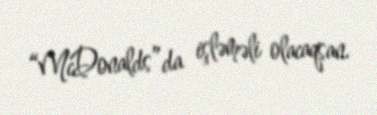
“McDonalds”da işləməli olacaqsan.